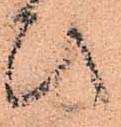
ひ